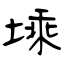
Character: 塖